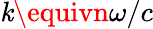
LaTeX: \mathit{k}\equivn\omega/c